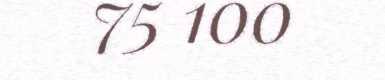
75 100